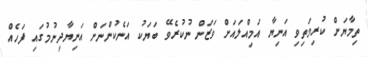
ތިމާޔަށް ކުރިމަތިވި އަނިޔާ އަމިއްލައަށް ވަޒަން ނުކުރެވޭ ބަޔަކު އަނެކުންނަށް އަނިޔާދިނުމުގައި ފަހެއް